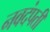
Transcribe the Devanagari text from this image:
नवदंपती